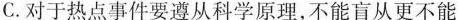
C.对于热点事件要遵从科学原理，不能盲从更不能